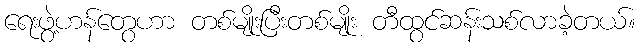
ရေးဖွဲ့ဟန်တွေဟာ တစ်မျိုးပြီးတစ်မျိုး တီထွင်ဆန်းသစ်လာခဲ့တယ်။